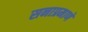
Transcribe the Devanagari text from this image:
सनाप्रमाणे